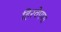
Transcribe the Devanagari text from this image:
हिरवेपणा